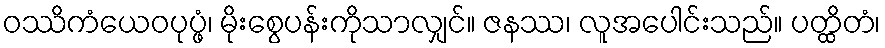
ဝဿိကံယေဝပုပ္ဖံ၊ မိုးစွေပန်းကိုသာလျှင်။ ဇနဿ၊ လူအပေါင်းသည်။ ပတ္ထိတံ၊